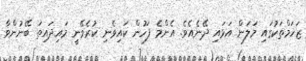
ޒަޚަމްތަކުގައި މަލަން އަޅައި ދޭނެއެވެ. އެންމެ ފަހުން ކައިވެނި ކުރެވޭނީ މައިދައިތަ ބޭނުންވާ